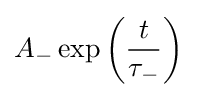
A_{-}\exp {\left({\frac {t}{\tau _{-}}}\right)}